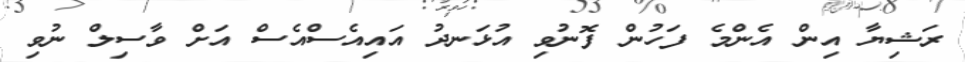
ރަޝިޔާ އިން އެންމެ ފަހުން ފޮނުވި އުޅަނދު އައިއެސްއެސް އަށް ވާސިލް ނުވި